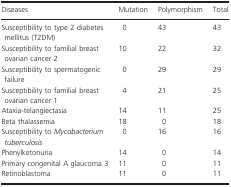
| Diseases | Mutation | Polymorphism | Total |
 | --- | --- | --- | --- |
 | Susceptibility to type 2 diabetes mellitus (T2DM) | 0 | 43 | 43 |
 | Susceptibility to familial breast ovarian cancer 2 | 10 | 22 | 32 |
 | Susceptibility to spermatogenic failure | 0 | 29 | 29 |
 | Susceptibility to familial breast ovarian cancer 1 | 4 | 21 | 25 |
 | Ataxia‐telangiectasia | 14 | 11 | 25 |
 | Beta thalassemia | 18 | 0 | 18 |
 | Susceptibility to Mycobacterium tuberculosis | 0 | 16 | 16 |
 | Phenylketonuria | 14 | 0 | 14 |
 | Primary congenital A glaucoma 3 | 11 | 0 | 11 |
 | Retinoblastoma | 11 | 0 | 11 |